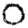
Digit: 0